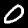
Label: 0